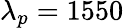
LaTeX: \lambda_{p}=1550